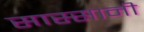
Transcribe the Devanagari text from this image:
सास्सानी